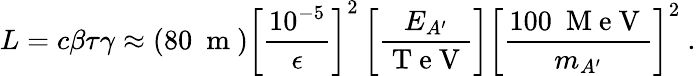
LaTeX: L=c\beta\tau\gamma\approx(80~\mathrm{~m~})\left[\frac{10^{-5}}{\epsilon}\right]^{2}\left[\frac{E_{A^{\prime}}}{\mathrm{~T~e~V~}}\right]\left[\frac{100~\mathrm{~M~e~V~}}{m_{A^{\prime}}}\right]^{2}\ .